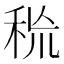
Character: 𥞙